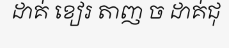
ដាគ់ ខៀរ តាញ ច ដាគ់ជុ